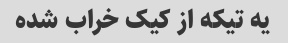
یه تیکه از کیک خراب شده